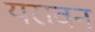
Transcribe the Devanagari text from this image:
यरावन